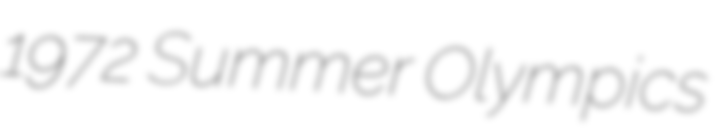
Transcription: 1972 Summer Olympics